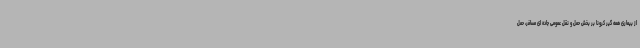
از بیماری همه گیر کرونا بر بخش حمل و نقل عمومی جاده ای مسافر، حمل